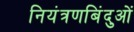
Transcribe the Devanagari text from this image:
नियंत्रणबिंदुओं